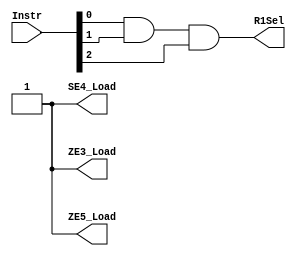
module Sequential_2
(
	Instr,
	R1Sel,
	ZE5_Load,
	ZE3_Load,
	SE4_Load
);
	input	[3:0]Instr;
	output R1Sel;	
	output /*[4:0]*/ZE5_Load; 
	output /*[2:0]*/ZE3_Load;
	output /*[3:0]*/SE4_Load; 
	
	assign R1Sel = (Instr[0] & Instr[1] & Instr[2]); 
//	assign SE4_Load[0] = Instr[4];
//	assign SE4_Load[1] = Instr[5];
//	assign SE4_Load[2] = Instr[6];
//	assign SE4_Load[3] = Instr[7];
//	
//	assign ZE3_Load[0] = Instr[3];
//	assign ZE3_Load[1] = Instr[4];
//	assign ZE3_Load[2] = Instr[5];
//	
//	assign ZE5_Load[0] = Instr[3];
//	assign ZE5_Load[1] = Instr[4];
//	assign ZE5_Load[2] = Instr[5];
//	assign ZE5_Load[3] = Instr[6];
//	assign ZE5_Load[4] = Instr[7];
	assign	ZE5_Load = 1'b1;
	assign	SE4_Load = 1'b1;
	assign	ZE3_Load = 1'b1;

endmodule